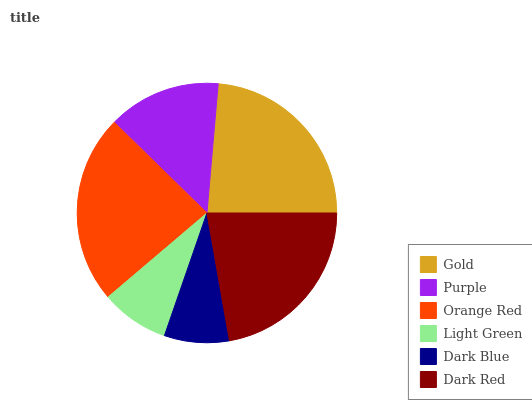
| Gold | Purple | Orange Red | Light Green | Dark Blue | Dark Red |
 | --- | --- | --- | --- | --- | --- |
 | 23.6% | 14.1% | 23.6% | 8.48% | 8.08% | 22.3% |